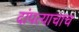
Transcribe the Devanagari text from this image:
दांपत्याचाच